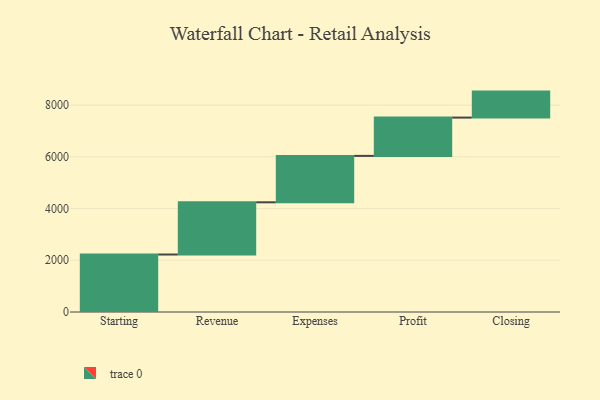
{"axis": {"x": "Step", "y": "Value"}, "legend": [""], "data": [{"x": "Starting", "y": 2223.0, "type": ""}, {"x": "Revenue", "y": 2019.0, "type": ""}, {"x": "Expenses", "y": 1795.0, "type": ""}, {"x": "Profit", "y": 1481.0, "type": ""}, {"x": "Closing", "y": 1005.0, "type": ""}]}